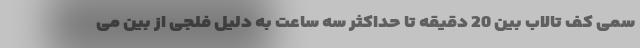
سمی کف تالاب بین 20 دقیقه تا حداکثر سه ساعت به دلیل فلجی از بین می